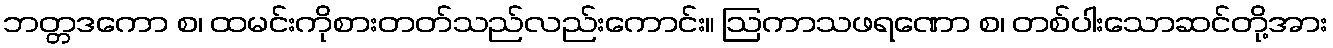
ဘတ္တဒကော စ၊ ထမင်းကိုစားတတ်သည်လည်းကောင်း။ ဩကာသဖရဏော စ၊ တစ်ပါးသောဆင်တို့အား